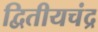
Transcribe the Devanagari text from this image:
द्वितीयचंद्र